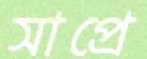
সাপ্রে